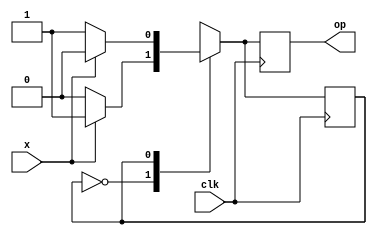
`timescale 1ns / 1ps
//////////////////////////////////////////////////////////////////////////////////
// Company: 
// Engineer: 
// 
// Design Name: 
// Module Name: parity_gen
// Project Name: 
// Target Devices: 
// Tool Versions: 
// Description: 
// 
// Dependencies: 
// 
// Revision:
// Revision 0.01 - File Created
// Additional Comments:
// 
//////////////////////////////////////////////////////////////////////////////////


module parity_gen(clk,x,op);
input clk,x;
output reg op;

reg parity;//0-even parity,1-odd parity
parameter E=0,O=1;

always @(posedge clk)
    case(parity)
    E:begin
        op<=x?1:0;
        parity<=x?O:E;
    end
    O:begin
        op<=x?0:1;
        parity<=x?E:O;
    end 
    default:parity<=E;
    endcase           
endmodule